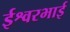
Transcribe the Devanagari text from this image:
ईश्वरभाई